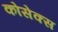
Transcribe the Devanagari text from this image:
कोसेक्स